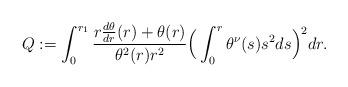
LaTeX: \begin{align*}Q:=\int_0^{r_1}\frac{r\frac{d\theta}{dr}(r)+\theta(r)}{\theta^2(r)r^2}\Big(\int_0^r\theta^{\nu}(s)s^2ds\Big)^2dr. \end{align*}